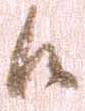
候